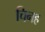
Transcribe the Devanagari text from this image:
चिनह